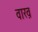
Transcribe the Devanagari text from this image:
वाख़